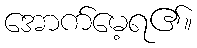
အောက်မေ့ရ၏။